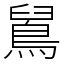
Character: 䳔